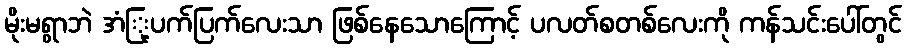
မိုးမရွာဘဲ အံြု့ပက်ပြက်လေးသာ ဖြစ်နေသောကြောင့် ပလတ်စတစ်လေးကို ကန်သင်းပေါ်တွင်